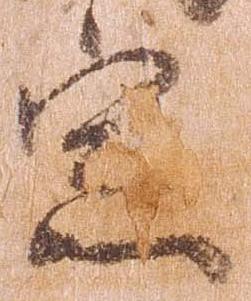
宗